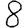
Digit: 8